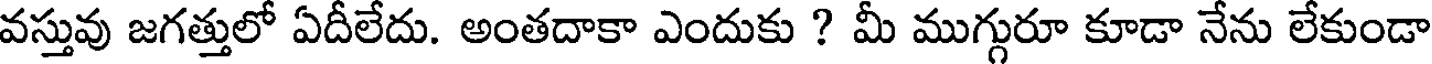
వస్తువు జగత్తులో ఏదీలేదు. అంతదాకా ఎందుకు ? మీ ముగ్గురూ కూడా నేను లేకుండా